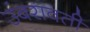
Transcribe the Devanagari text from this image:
उंबरावती